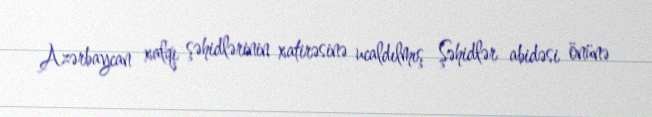
Azərbaycan xalqı şəhidlərinin xatirəsinə ucaldılmış Şəhidlər abidəsi önünə